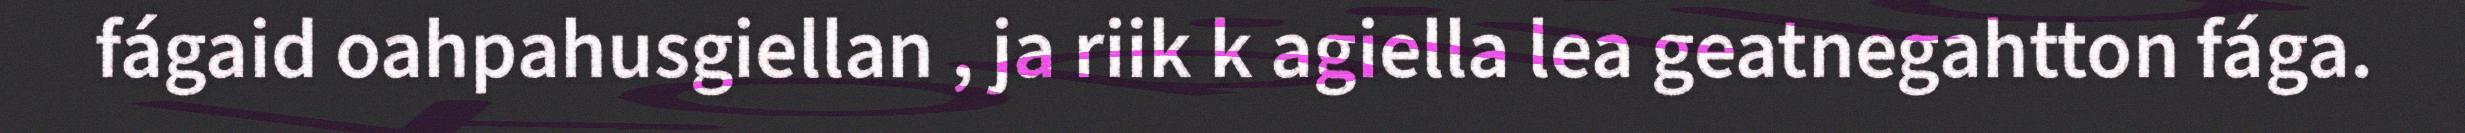
fágaid oahpahusgiellan , ja riik k agiella lea geatnegahtton fága.